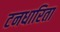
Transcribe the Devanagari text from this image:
टनधारिता